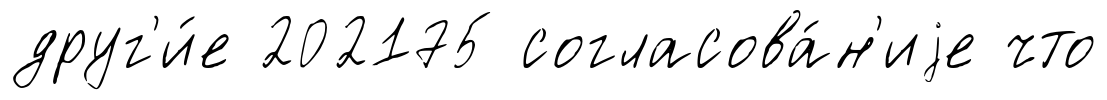
друг'и́е 202175 согласова́н'иjе что